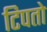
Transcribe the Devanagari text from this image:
टिपतो